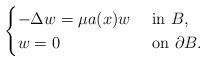
LaTeX: \begin{align*} \begin{cases}-\Delta w = \mu a(x) w & \mbox{ in } B, \\w = 0 & \mbox{ on } \partial B.\end{cases}\end{align*}